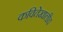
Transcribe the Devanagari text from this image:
कवितेखालीच